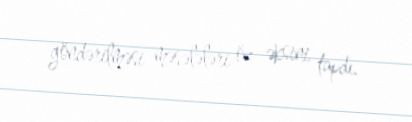
göndərilməsi məsələləri öz əksini tapdı.